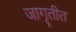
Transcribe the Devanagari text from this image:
जागृतीत